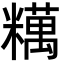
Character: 䊪